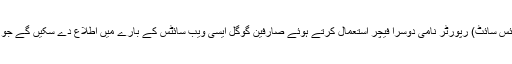
مشکوک ویب سائٹ(سسپیشیئس سائٹ) رپورٹر نامی دوسرا فیچر استعمال کرتے ہوئے صارفین گوگل ایسی ویب سائٹس کے بارے میں اطلاع دے سکیں گے جو نقصان دہ ثابت ہوسکتی ہیں۔